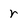
Character: r